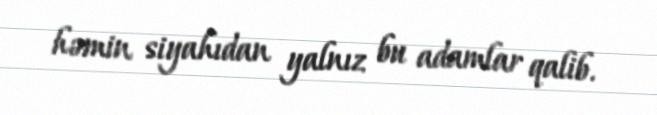
həmin siyahıdan yalnız bu adamlar qalib.